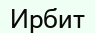
Ирбит